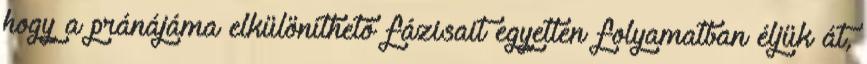
hogy a pránájáma elkülöníthető fázisait egyetlen folyamatban éljük át,